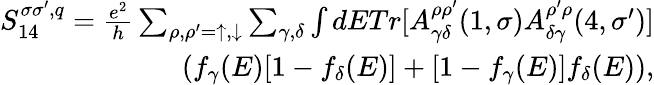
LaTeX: \begin{array}{r}{{S_{14}^{\sigma\sigma^{\prime},q}=\frac{e^{2}}{h}\sum_{\rho,\rho^{\prime}=\uparrow,\downarrow}\sum_{\gamma,\delta}\int dETr[A_{\gamma\delta}^{\rho\rho^{\prime}}(1,\sigma)A_{\delta\gamma}^{\rho^{\prime}\rho}(4,\sigma^{\prime})]}}\\ {{(f_{\gamma}(E)[1-f_{\delta}(E)]+[1-f_{\gamma}(E)]f_{\delta}(E)),}}\end{array}